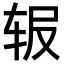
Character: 𬨅